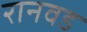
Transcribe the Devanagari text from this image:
रानवड